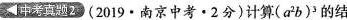
中考真题2 (2019·南京中考·2分) 计算(a^{2}b)^{3}的结